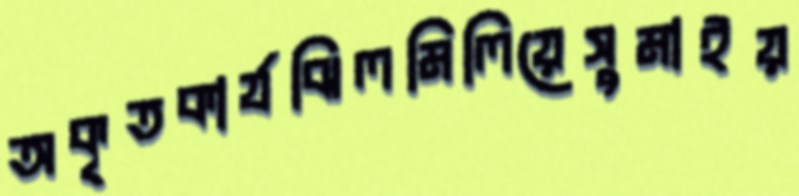
অকৃতকার্যঝিলমিলিয়েসুমাইয়